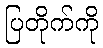
ပြတိုက်ကို